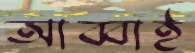
আব্বাই